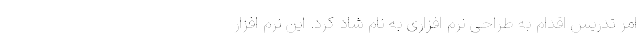
امر تدریس اقدام به طراحی نرم افزاری به نام شاد کرد. این نرم افزار